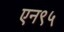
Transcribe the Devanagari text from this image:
एन९५